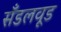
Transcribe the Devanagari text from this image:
सँडलवूड